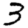
Digit: 3